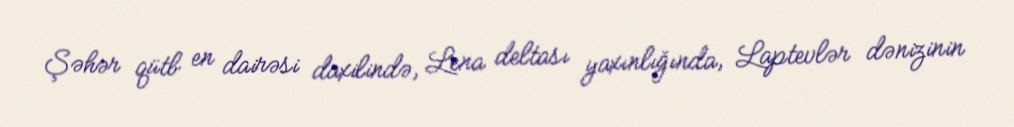
Şəhər qütb en dairəsi daxilində, Lena deltası yaxınlığında, Laptevlər dənizinin